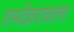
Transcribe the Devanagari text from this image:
रामदेवरावाला